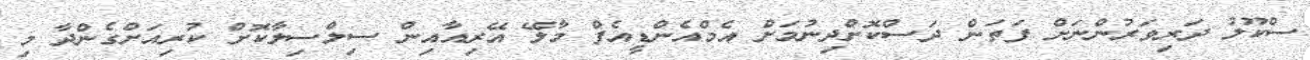
ސްކޫލު ދަރިވަރުންނަށް ފަތަން ދަސްކޮށްދިނުމަށް އެމްއެންޑީއެފް މާލޭ އޭރިއާއިން ސިލްސިލާކޮށް ކުރިއަށްގެންދާ މި